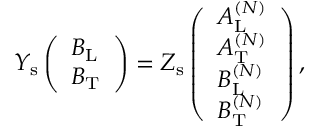
\begin{array} { r } { Y _ { \mathrm { s } } \left( \begin{array} { l } { B _ { \mathrm { L } } } \\ { B _ { \mathrm { T } } } \end{array} \right) = Z _ { \mathrm { s } } \left( \begin{array} { l } { A _ { \mathrm { L } } ^ { ( N ) } } \\ { A _ { \mathrm { T } } ^ { ( N ) } } \\ { B _ { \mathrm { L } } ^ { ( N ) } } \\ { B _ { \mathrm { T } } ^ { ( N ) } } \end{array} \right) , } \end{array}